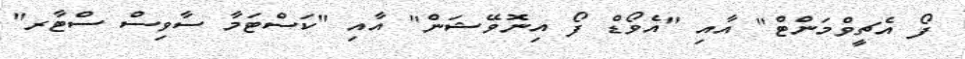
ފޯ އެޗީވްމަންޓް" އާއި "އެވޯޑް ފޯ އިނޮވޭޝަން" އާއި "ކަސްޓަމާ ސާވިސް ސްޓާރ"